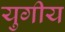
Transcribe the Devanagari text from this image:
युगीय